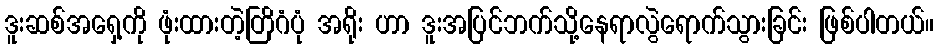
ဒူးဆစ်အရှေ့ကို ဖုံးထားတဲ့တြိဂံပုံ အရိုး ဟာ ဒူးအပြင်ဘက်သို့နေရာလွဲရောက်သွားခြင်း ဖြစ်ပါတယ်။